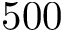
5 0 0